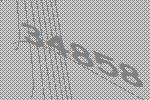
34858